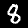
Digit: 8